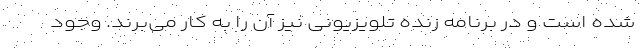
شده است و در برنامه زنده تلویزیونی نیز آن را به کار می‌برند. وجود